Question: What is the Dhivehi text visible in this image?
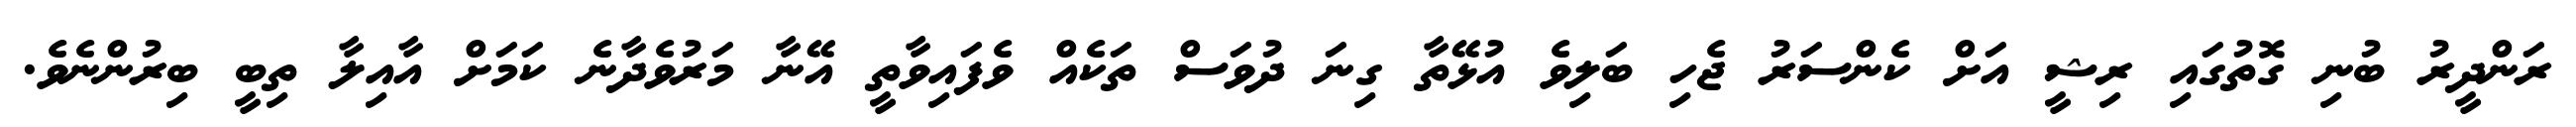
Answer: ރަންދީރު ބުނި ގޮތުގައި ރިޝީ އަށް ކެންސަރު ޖެހި ބަލިވެ އުޅޭތާ ގިނަ ދުވަސް ތަކެއް ވެފައިވާތީ އޭނާ މަރުވެދާނެ ކަމަށް އާއިލާ ތިބީ ބިރުންނެވެ.